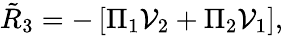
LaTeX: {\tilde{R}}_{3}=-\left[\Pi_{1}{\cal V}_{2}+\Pi_{2}{\cal V}_{1}\right],